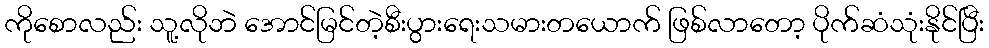
ကိုစောလည်း သူ့လိုဘဲ အောင်မြင်တဲ့စီးပွားရေးသမားတယောက် ဖြစ်လာတော့ ပိုက်ဆံသုံးနိုင်ပြီး